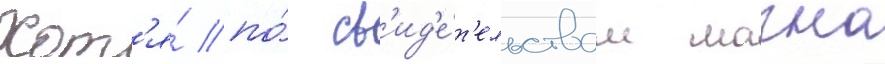
Хот'я́ по́ св'ид'е́т'ельствам магна